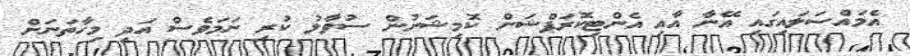
އެމައްސަލައިގައި އޭނާ އާއި އެންޓިކޮރަޕްޝަން ކޮމިޝަނުން ސުވާލު ކުރި ނަމަވެސް އަދި މިހާތަނަށް